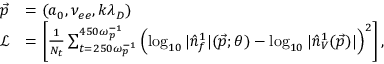
\begin{array} { r l } { \vec { p } } & { = ( a _ { 0 } , \nu _ { e e } , k \lambda _ { D } ) } \\ { \mathcal { L } } & { = \left[ \frac { 1 } { N _ { t } } \sum _ { t = 2 5 0 \omega _ { p } ^ { - 1 } } ^ { 4 5 0 \omega _ { p } ^ { - 1 } } \left( \log _ { 1 0 } | \hat { n } _ { f } ^ { 1 } | ( \vec { p } ; \theta ) - \log _ { 1 0 } | \hat { n } _ { V } ^ { 1 } ( \vec { p } ) | \right) ^ { 2 } \right] , } \end{array}